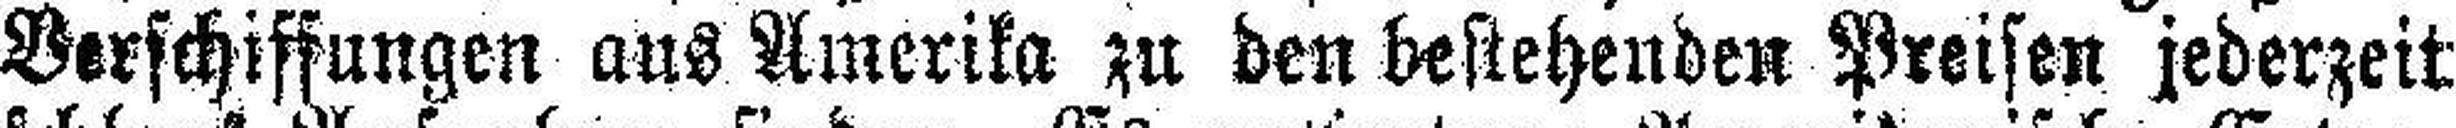
Verschiffungen aus Amerika zu den bestehenden Preisen jederzeit